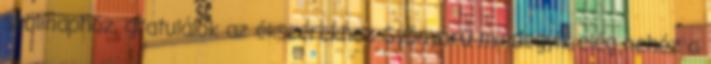
szülinaphoz, gratulálok az ékszerekhez Gyönyörű mindegyik elég nehéz a